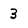
Character: 3